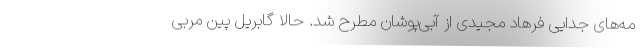
مه‌های جدایی فرهاد مجیدی از آبی‌پوشان مطرح شد. حالا گابریل پین مربی